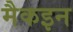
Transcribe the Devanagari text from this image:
मैकइन